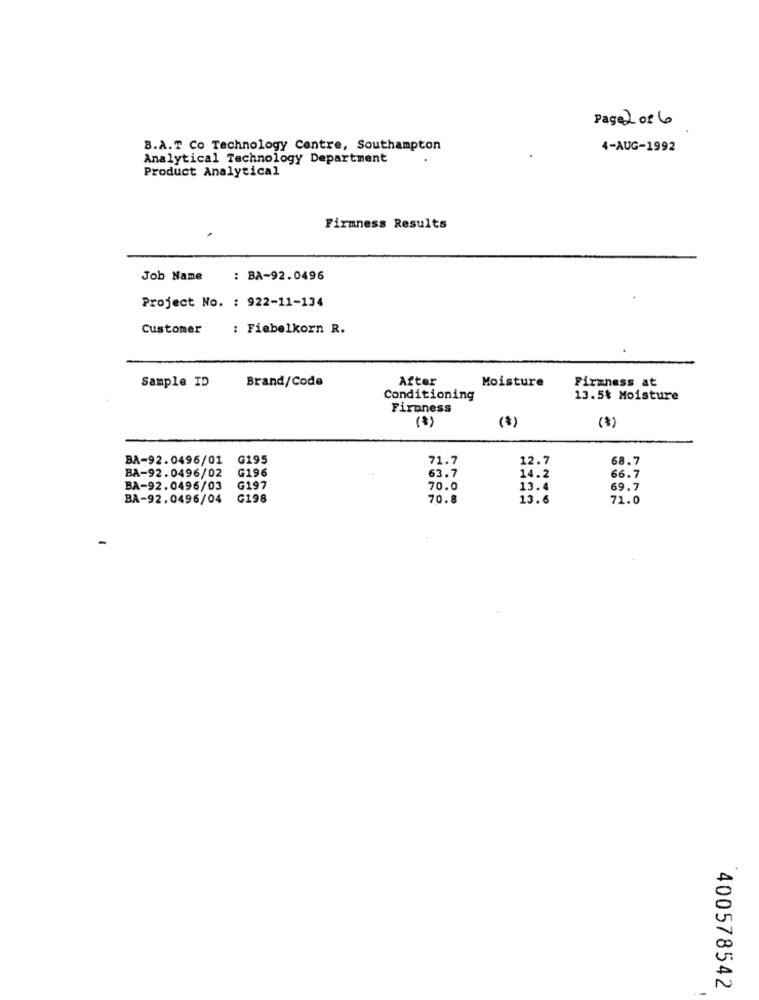
Page 2 01 6
B.A.T Co Technology Centre, Southampton
4-AUG-1992
Analytical Technology Department
Product Analytical
Firmness Results
Job Name
: BA-92.0496
Project No. : 922-11-134
Customer
: Fiebelkorn R.
Sample ID
Brand/Code
After
Moisture
Firmness at
Conditioning
13.5% Moisture
Firmness
BA-92.0496/01
G195
71.7
12.7
68.7
BA-92.0496/02
G196
63.7
14.2
66.7
BA-92.0496/03
G197
70.0
13.4
69.7
BA-92.0496/04
G198
70.8
13.6
71.0
400578542